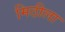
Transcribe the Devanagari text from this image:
मिठीला